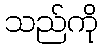
သည်ကို